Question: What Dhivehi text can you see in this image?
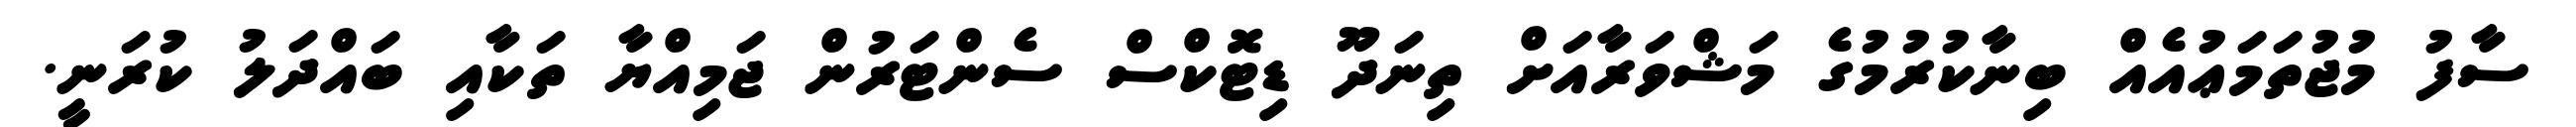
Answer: ސާފު މުޖުތަމަޢުއެއް ބިނާކުރުމުގެ މަޝްވަރާއަށް ތިނަދޫ ޑިޓޮކްސް ސެންޓަރުން ޖަމިއްޔާ ތަކާއި ބައްދަލު ކުރަނީ.